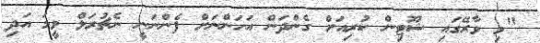
"މި ވާރޭގައި ޝޫޓިން ކުރިއަށް ގެންދަން އަހަންނަށް ފެންނަނީ ނެޗުރަލް ވީމަ އަދި